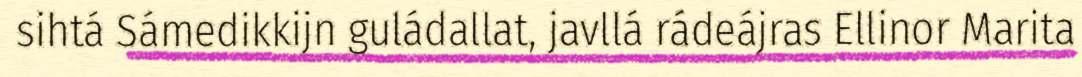
sihtá Sámedikkijn guládallat, javllá rádeájras Ellinor Marita